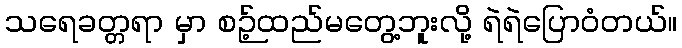
သရေခတ္တရာ မှာ စဉ့်ထည်မတွေ့ဘူးလို့ ရဲရဲပြောဝံတယ်။